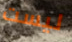
ليست